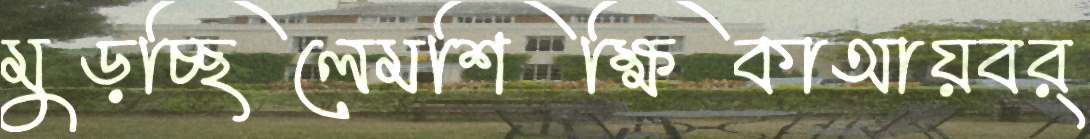
মুড়চ্ছিলেমশিক্ষিকাআয়বর্